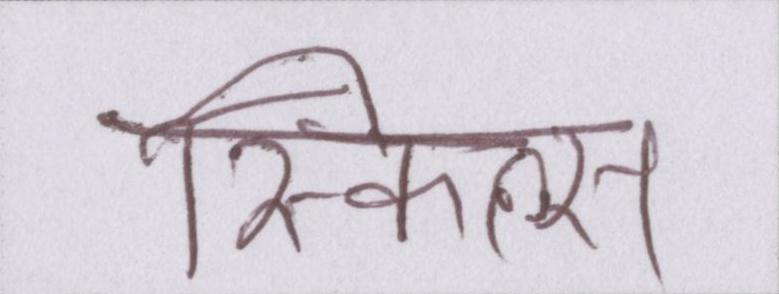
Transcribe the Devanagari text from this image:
स्किल्स